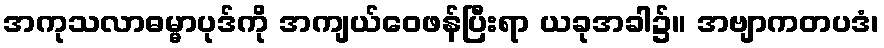
အကုသလာဓမ္မာပုဒ်ကို အကျယ်ဝေဖန်ပြီးရာ ယခုအခါ၌။ အဗျာကတပဒံ၊